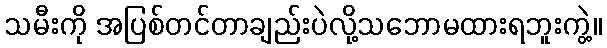
သမီးကို အပြစ်တင်တာချည်းပဲလို့သဘောမထားရဘူးကွဲ့။